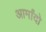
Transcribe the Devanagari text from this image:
आर्मांदो